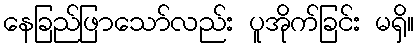
နေခြည်ဖြာသော်လည်း ပူအိုက်ခြင်း မရှိ။